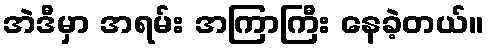
အဲဒီမှာ အရမ်း အကြာကြီး နေခဲ့တယ်။